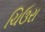
ચિઉરા